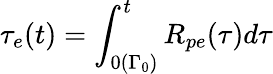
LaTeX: \tau_{e}(t)=\int_{0(\Gamma_{0})}^{t}R_{pe}(\tau)d\tau